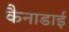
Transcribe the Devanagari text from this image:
कैनाडाई